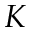
K